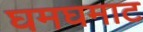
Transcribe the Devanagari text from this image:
घमघमाट